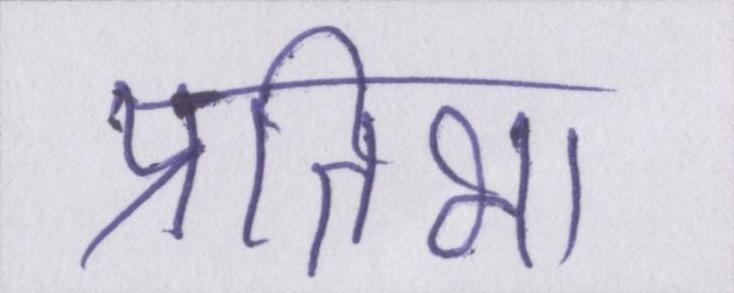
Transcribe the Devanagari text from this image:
प्रतिभा